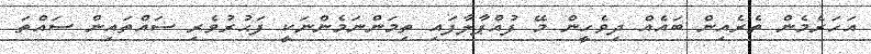
އަހަރެމެން ތެރެއިން ބައެއް ދިވެހީން މޭ ފުއްޕާލާފައި ތިމަންނަމެންނަކީ ފަޙުރުވެރި ސައްތައިން ސައްތަ